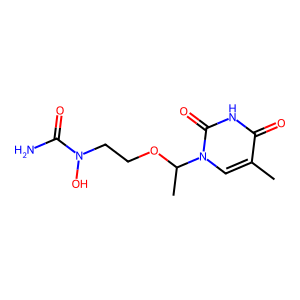
SMILES: Cc1cn(C(C)OCCN(O)C(N)=O)c(=O)[nH]c1=O
Inhibits HIV replication: No